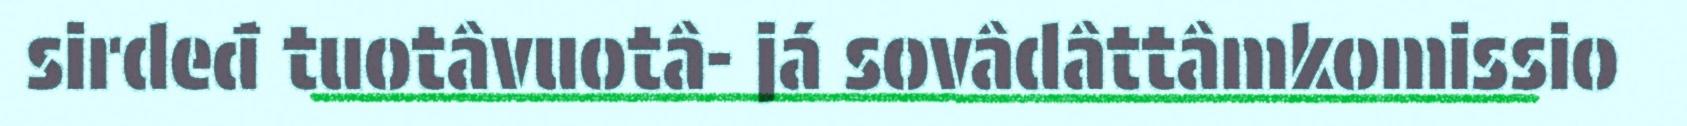
sirdeđ tuotâvuotâ- já sovâdâttâmkomissio